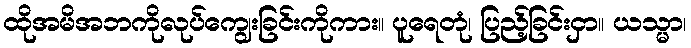
ထိုအမိအဘကိုလုပ်ကျွေးခြင်းကိုကား။ ပူရေတုံ၊ ပြည့်ခြင်းငှာ။ ယသ္မာ၊